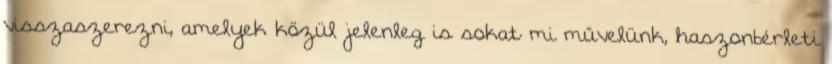
visszaszerezni, amelyek közül jelenleg is sokat mi művelünk, haszonbérleti